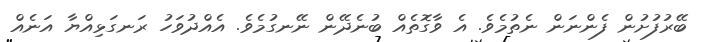
ބޭރުފުށުން ފެންނަން ނެތުމެވެ. އެ ވާގޮތެއް ބުނެދޭން ނޭނގުމެވެ. އެއްދުވަހު ރަނގަޅިއްޔާ އަނެއް